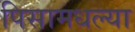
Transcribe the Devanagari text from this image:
पिसामधल्या